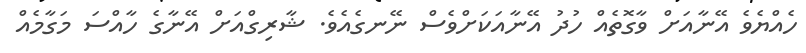
ހެއްޔެވެ އޭނާއަށް ވާގޮތެއް ހުދު އޭނާއަކަށްވެސް ނޭނގެއެވެ. ޝާރިގްއަށް އޭނާގެ ހާއްސަ މަގާމެއް